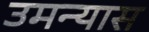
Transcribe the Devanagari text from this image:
उमन्यास